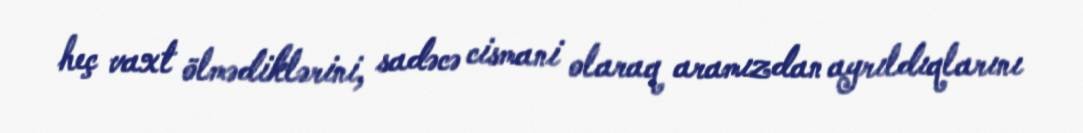
heç vaxt ölmədiklərini, sadəcə cismani olaraq aramızdan ayrıldıqlarını